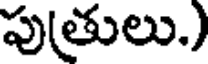
పు(తులు.)